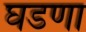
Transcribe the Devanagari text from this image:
घडणा